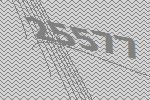
25577